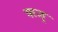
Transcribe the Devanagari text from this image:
ऋजू